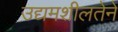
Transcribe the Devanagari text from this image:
उद्यमशीलतेने